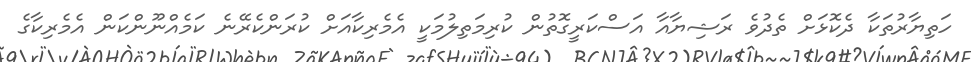
ހަތިޔާރުތަކާ ދެކޮޅަށް ތެދުވެ ރަޝިޔާއާ އަސްކަރީގޮތުން ކުރިމަތިލުމަކީ އެމެރިކާއަށް ކުރަންކެރޭނެ ކަމެއްނޫންކަން އެމެރިކާގެ